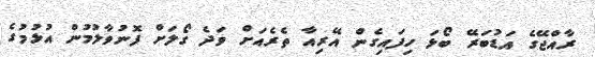
ރާއްޖޭގެ އަޑުބަރޭ ބޯޅަ ހިފައިގެން އޭރިއާ ތެރެއަށް ވަދެ ގޯލަށް ފޮނުވާލުމުން އުޅުމުގެ